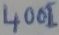
Text: 4001